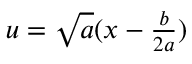
\begin{array} { r } { u = \sqrt { a } ( x - \frac { b } { 2 a } ) } \end{array}